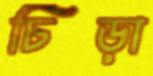
চিড়া